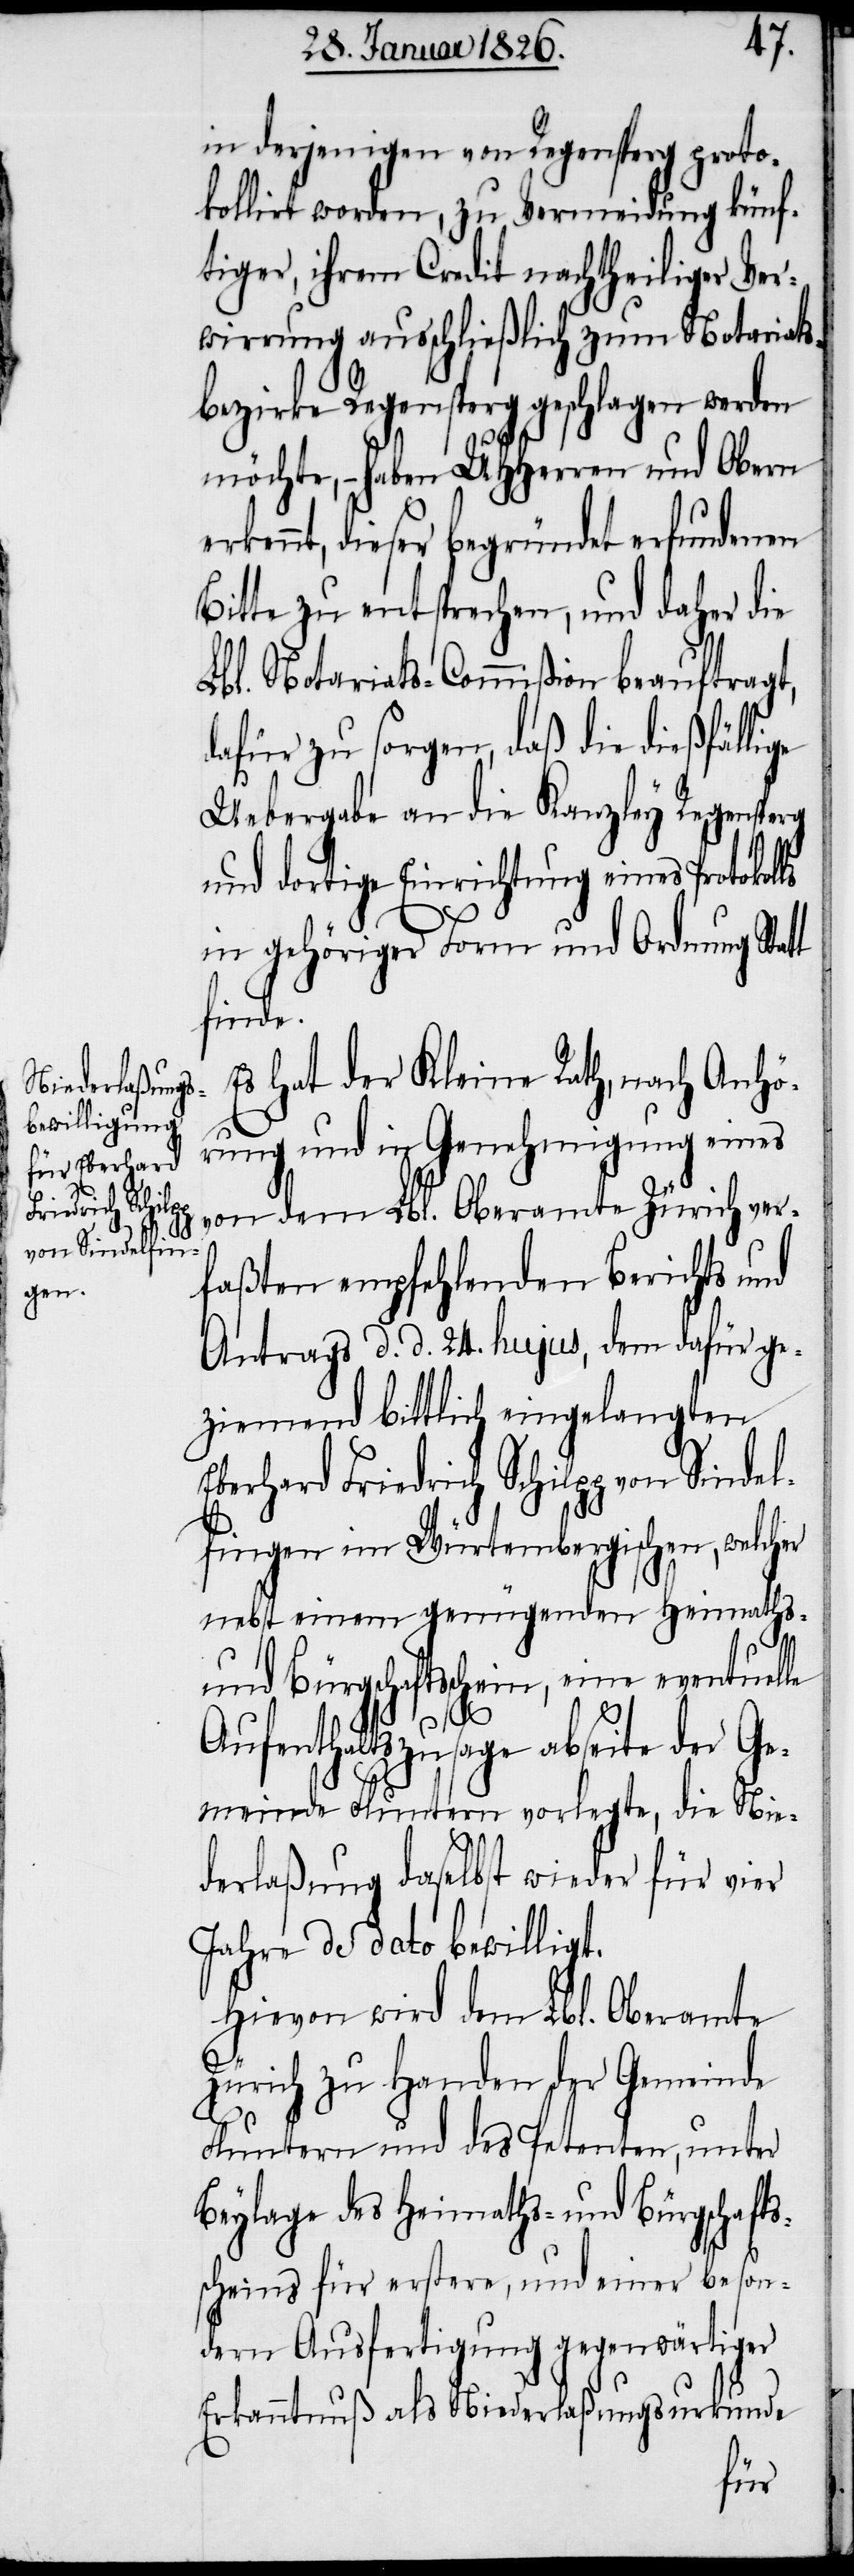
in derjenigen von Regensperg proto¬
kollirt worden, zu Vermeidung künf¬
tiger, ihrem Credit nachtheiliger Ver¬
wirrung ausschließlich zum Notariats¬
bezirke Regensperg geschlagen werden
möchte, – haben UHHerren und Obern
rkennt, dieser begründet erfundenen
Bitte zu entsprechen, und daher die
Lbl. Notariats-Commißion beauftragt,
dafür zu sorgen, daß die dießfällige
Uebergabe an die Kanzley Regenspe¬
und dortige Einrichtung eines Protokol¬
in gehöriger Form und Ordnung Statt
finde.
Es hat der Kleine Rath, nach Anhö¬
ls
rung und in Genehmigung eines
von dem Lbl. Oberamt Zürich ver¬
faßten empfehlenden Berichts und
Antrags d. d. 24. hujus, dem dafür ge¬
ziemend bittlich eingelangten
Eberhard Friedrich Schilpp von Sindel¬
fingen im Würtembergischen, welcher
nebst einem genügenden Heimaths-
und Bürgschaftsschein, eine eventuelle
Aufenthaltszusage abseite der Ge¬
meinde Fluntern vorlegte, die Nie¬
derlaßung daselbst wieder für vier
Jahre de dato bewilligt.
Hievon wird dem Lbl. Oberamt
Zürich zu Handen der Gemeinde
Fluntern und des Petenten, unter
Beylage des Heimaths- und Bürgschafts¬
scheins für erstere, und einer beson¬
dern Ausfertigung gegenwärtiger
Erkanntnuß als Niederlaßungsurkunde